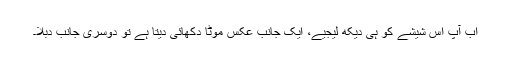
اب آپ اس شیشے کو ہی دیکھ لیجیے، ایک جانب عکس موٹا دکھائی دیتا ہے تو دوسری جانب دبلا۔